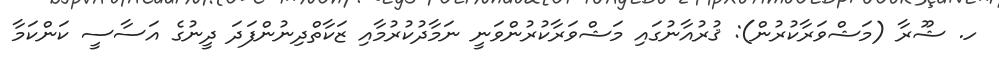
ހ. ޝޫރާ (މަޝްވަރާކުރުން): ޤުރުއާނުގައި މަޝްވަރާކުރުންވަނީ ނަމާދުކުރުމާއި ޒަކާތްދިނުންފަދަ ދީނުގެ އަސާސީ ކަންކަމާ